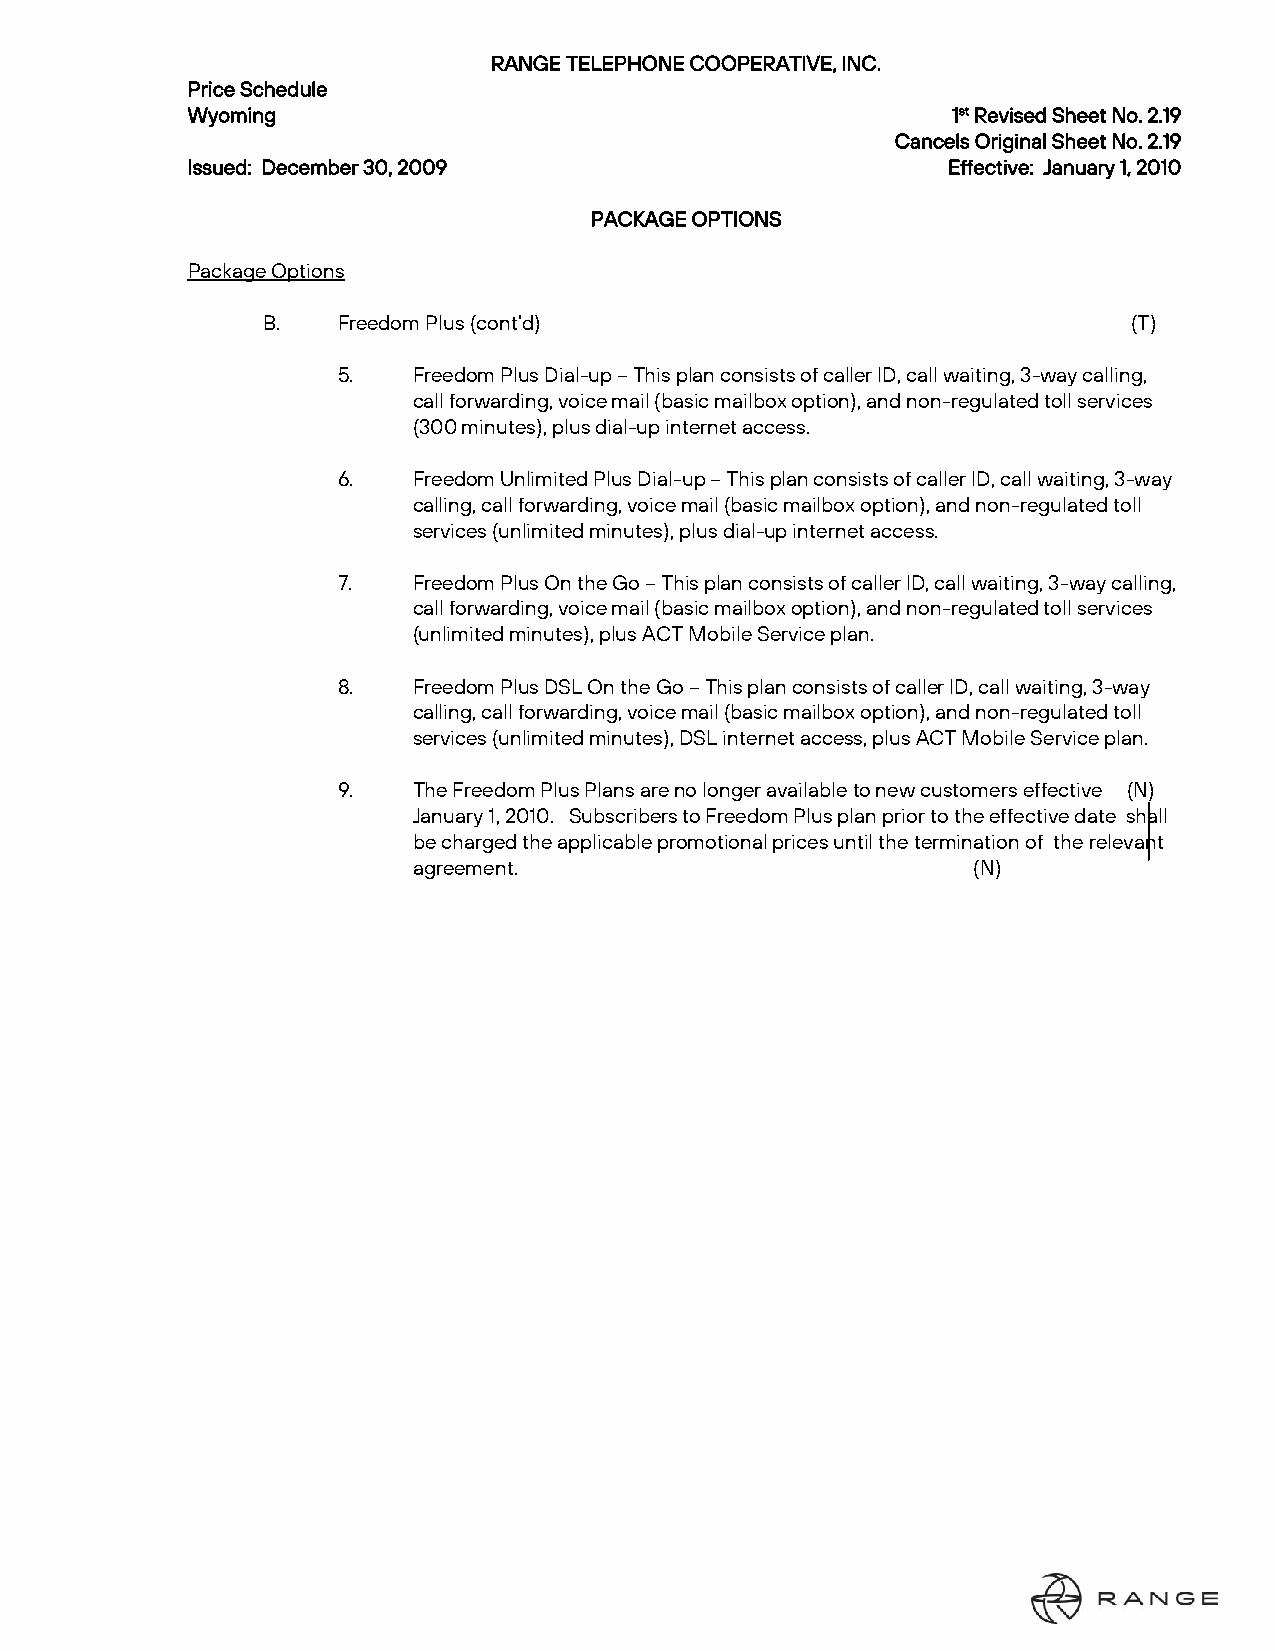
RANGE TELEPHONE COOPERATIVE, INC.
 Price Schedule
 Wyoming                                            1st Revised Sheet No. 2.19
 Cancels Original Sheet No. 2.19
 Issued: December 30, 2009                          Effective: January 1, 2010
 PACKAGE OPTIONS
 Package Options
 B.   Freedom Plus (cont’d)                                (T)
 5.   Freedom Plus Dial-up – This plan consists of caller ID, call waiting, 3-way calling,
 call forwarding, voice mail (basic mailbox option), and non-regulated toll services
 (300 minutes), plus dial-up internet access.
 6.   Freedom Unlimited Plus Dial-up – This plan consists of caller ID, call waiting, 3-way
 calling, call forwarding, voice mail (basic mailbox option), and non-regulated toll
 services (unlimited minutes), plus dial-up internet access.
 7.   Freedom Plus On the Go – This plan consists of caller ID, call waiting, 3-way calling,
 call forwarding, voice mail (basic mailbox option), and non-regulated toll services
 (unlimited minutes), plus ACT Mobile Service plan.
 8.   Freedom Plus DSL On the Go – This plan consists of caller ID, call waiting, 3-way
 calling, call forwarding, voice mail (basic mailbox option), and non-regulated toll
 services (unlimited minutes), DSL internet access, plus ACT Mobile Service plan.
 9.   The Freedom Plus Plans are no longer available to new customers effective (N)
 January 1, 2010. Subscribers to Freedom Plus plan prior to the effective date shall
 be charged the applicable promotional prices until the termination of the relevant
 agreement.                           (N)